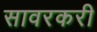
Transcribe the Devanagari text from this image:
सावरकरी